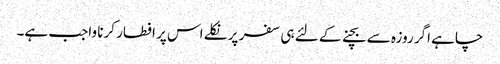
چاہے اگر روزہ سے بچنے کے لئے ہی سفر پر نکلے اس پر افطار کرنا واجب ہے۔